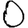
Digit: 0